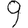
Digit: 9